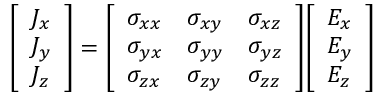
{ \left[ \begin{array} { l } { J _ { x } } \\ { J _ { y } } \\ { J _ { z } } \end{array} \right] } = { \left[ \begin{array} { l l l } { \sigma _ { x x } } & { \sigma _ { x y } } & { \sigma _ { x z } } \\ { \sigma _ { y x } } & { \sigma _ { y y } } & { \sigma _ { y z } } \\ { \sigma _ { z x } } & { \sigma _ { z y } } & { \sigma _ { z z } } \end{array} \right] } { \left[ \begin{array} { l } { E _ { x } } \\ { E _ { y } } \\ { E _ { z } } \end{array} \right] }